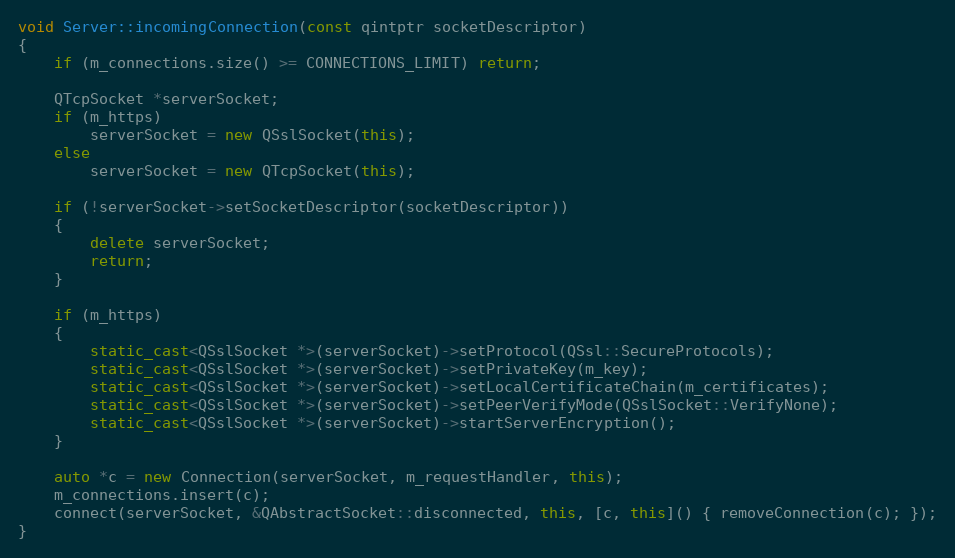
Language: C++
void Server::incomingConnection(const qintptr socketDescriptor)
{
    if (m_connections.size() >= CONNECTIONS_LIMIT) return;

    QTcpSocket *serverSocket;
    if (m_https)
        serverSocket = new QSslSocket(this);
    else
        serverSocket = new QTcpSocket(this);

    if (!serverSocket->setSocketDescriptor(socketDescriptor))
    {
        delete serverSocket;
        return;
    }

    if (m_https)
    {
        static_cast<QSslSocket *>(serverSocket)->setProtocol(QSsl::SecureProtocols);
        static_cast<QSslSocket *>(serverSocket)->setPrivateKey(m_key);
        static_cast<QSslSocket *>(serverSocket)->setLocalCertificateChain(m_certificates);
        static_cast<QSslSocket *>(serverSocket)->setPeerVerifyMode(QSslSocket::VerifyNone);
        static_cast<QSslSocket *>(serverSocket)->startServerEncryption();
    }

    auto *c = new Connection(serverSocket, m_requestHandler, this);
    m_connections.insert(c);
    connect(serverSocket, &QAbstractSocket::disconnected, this, [c, this]() { removeConnection(c); });
}